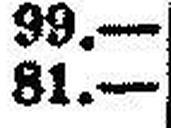
81.—